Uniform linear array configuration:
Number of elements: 4
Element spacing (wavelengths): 0.25
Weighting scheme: exponential
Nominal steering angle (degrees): -60
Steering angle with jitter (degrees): -60.408
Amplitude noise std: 0.05
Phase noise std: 0.05

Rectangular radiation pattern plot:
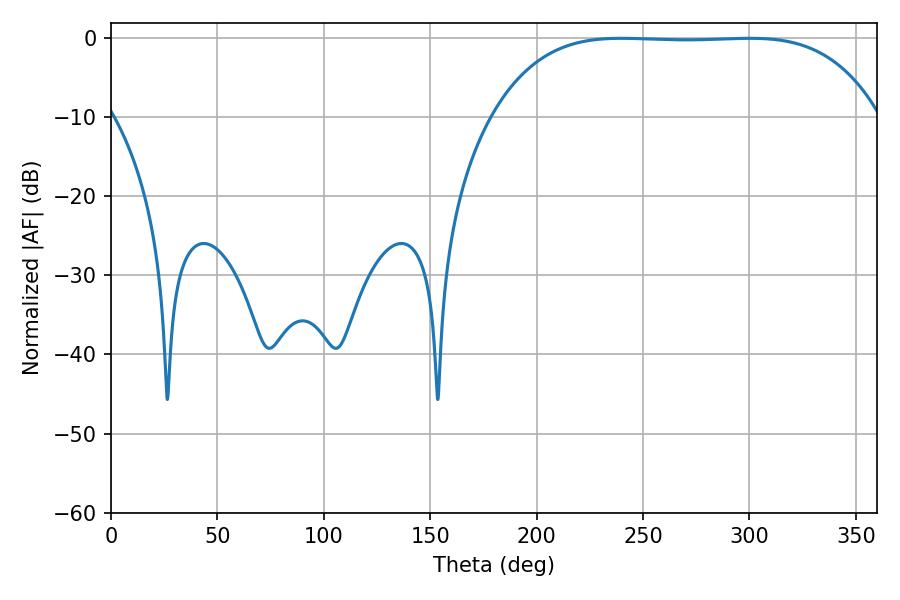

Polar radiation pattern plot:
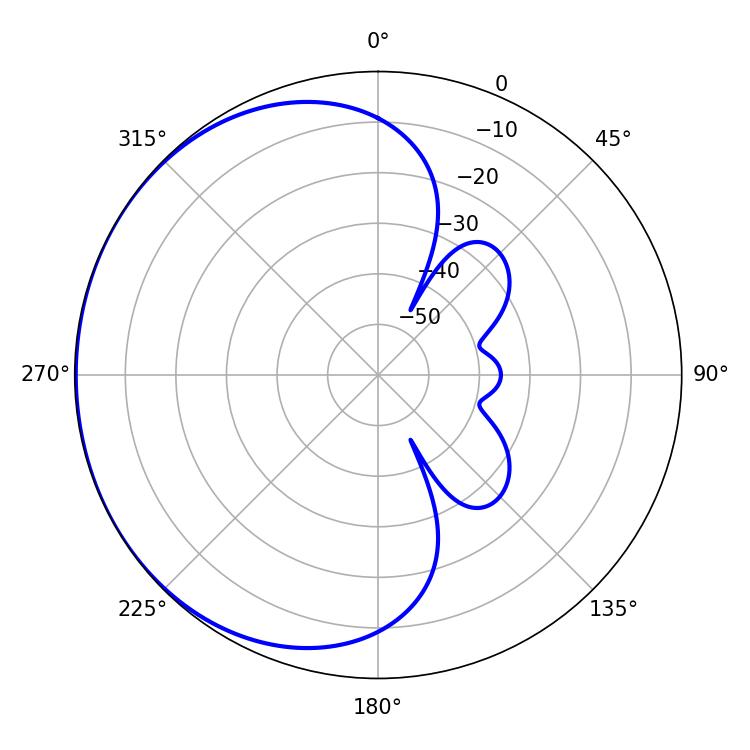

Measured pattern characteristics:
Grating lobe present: FALSE
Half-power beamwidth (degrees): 140.04
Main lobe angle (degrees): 239.76